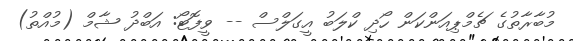
މުބާރާތުގެ ޗެމްޕިއަންކަން ހޯދި ކްލަބު އީގަލްސް -- ވީފޮޓޯ: އަބްދު ޝާމް (މުއްތު)